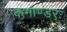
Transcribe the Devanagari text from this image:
कमाण्डरः